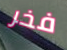
فخر